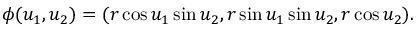
\phi ( u _ { 1 } , u _ { 2 } ) = ( r \cos u _ { 1 } \sin u _ { 2 } , r \sin u _ { 1 } \sin u _ { 2 } , r \cos u _ { 2 } ) .